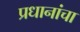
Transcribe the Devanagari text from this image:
प्रधानांचा